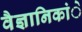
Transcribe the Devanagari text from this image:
वैज्ञानिकांे